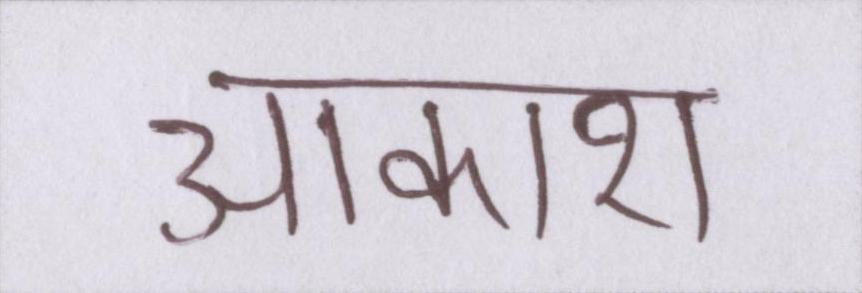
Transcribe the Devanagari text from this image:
आकाश